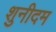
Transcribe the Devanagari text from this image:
शुनीदम